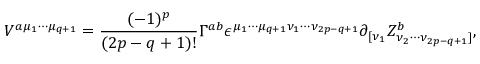
V ^ { a { \mu } _ { 1 } { \cdots } { \mu } _ { q + 1 } } = \frac { ( - 1 ) ^ { p } } { ( 2 p - q + 1 ) ! } { \Gamma } ^ { a b } { \epsilon } ^ { { \mu } _ { 1 } { \cdots } { \mu } _ { q + 1 } { \nu } _ { 1 } { \cdots } { \nu } _ { 2 p - q + 1 } } { \partial } _ { [ { \nu } _ { 1 } } Z _ { { \nu } _ { 2 } { \cdots } { \nu } _ { 2 p - q + 1 } ] } ^ { b } ,